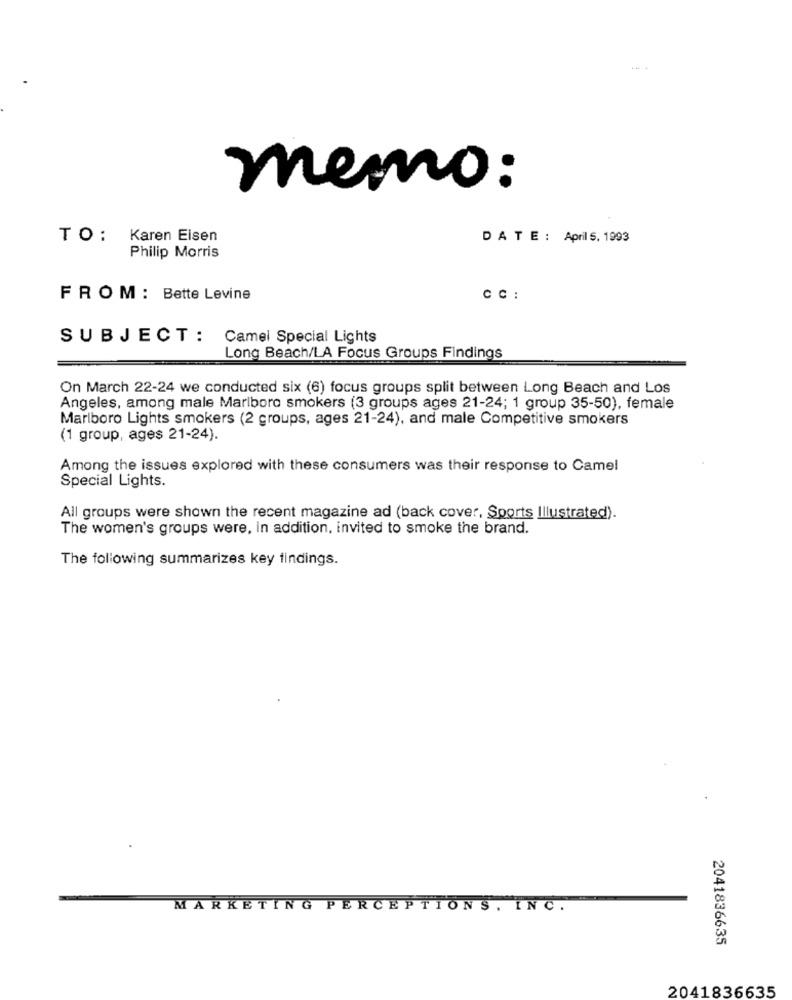
.. +
memo:
TO: Karen Eisen
DATE : April 5. 1993
Philip Morris
FROM : Bette Levine
CC :
SUBJECT:
Camel Special Lights
Long Beach/LA Focus Groups Findings
On March 22-24 we conducted six (6) focus groups split between Long Beach and Los
Angeles, among male Marlboro smokers (3 groups ages 21-24; 1 group 35-50), female
Marlboro Lights smokers (2 groups, ages 21-24), and male Competitive smokers
(1 group, ages 21-24).
Among the issues explored with these consumers was their response to Camel
Special Lights.
All groups were shown the recent magazine ad (back cover, Sports Illustrated).
The women's groups were, in addition, invited to smoke the brand.
The following summarizes key findings.
MARKETING PERCEPTIONS, INC.
2041836635
2041836635